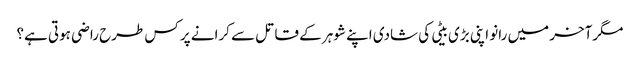
مگرآخر میں رانو اپنی بڑی بیٹی کی شادی اپنے شوہر کے قاتل سے کرانے پر کس طرح راضی ہوتی ہے؟